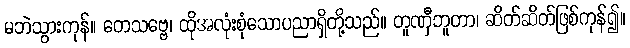
မဘဲသွားကုန်။ တေသဗ္ဗေ၊ ထိုအလုံးစုံသောပညာရှိတို့သည်။ တူဏှီဘူတာ၊ ဆိတ်ဆိတ်ဖြစ်ကုန်၍။